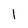
Character: 1